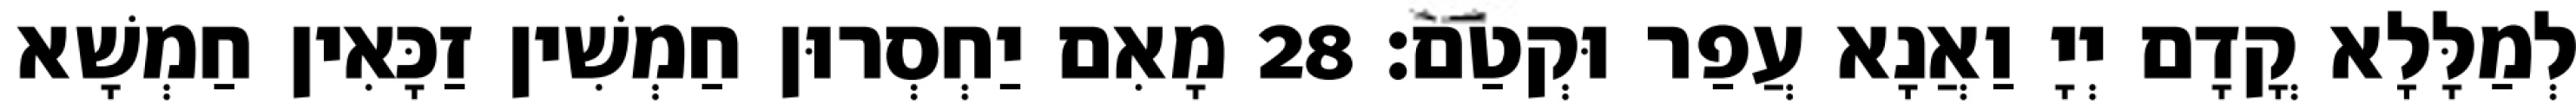
לְמַלָּלָא קֳדָם יְיָ וַאֲנָא עֲפַר וּקְטַם׃ 28 מָאִם יַחְסְרוּן חַמְשִׁין זַכָּאִין חַמְשָׁא